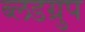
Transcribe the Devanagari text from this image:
ब्लडग्रुप